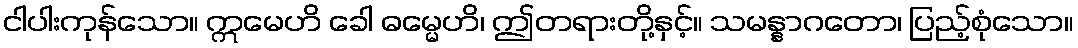
ငါပါးကုန်သော။ ဣမေဟိ ခေါ ဓမ္မေဟိ၊ ဤတရားတို့နှင့်။ သမန္နာဂတော၊ ပြည့်စုံသော။